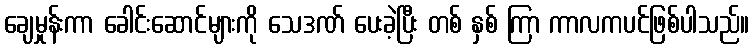
ချေမှုန်းကာ ခေါင်းဆောင်များကို သေဒဏ် ပေးခဲ့ပြီး တစ် နှစ် ကြာ ကာလကပင်ဖြစ်ပါသည်။